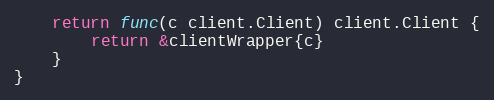
Language: Go
	return func(c client.Client) client.Client {
		return &clientWrapper{c}
	}
}